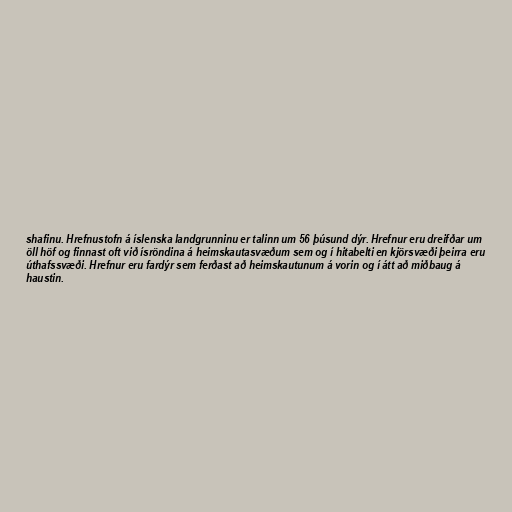
shafinu. Hrefnustofn á íslenska landgrunninu er talinn um 56 þúsund dýr. Hrefnur eru dreifðar um
öll höf og finnast oft við ísröndina á heimskautasvæðum sem og í hitabelti en kjörsvæði þeirra eru
úthafssvæði. Hrefnur eru fardýr sem ferðast að heimskautunum á vorin og í átt að miðbaug á
haustin.